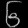
Digit: ၆